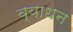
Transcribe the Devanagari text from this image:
व्याधन